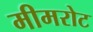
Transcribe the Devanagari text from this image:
मीमरोट